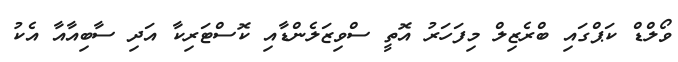
ވޯލްޑް ކަޕްގައި ބްރެޒިލް މިފަހަރު އޮތީ ސްވިޒަލެންޑާއި ކޮސްޓަރިކާ އަދި ސާބިއާއާ އެކު